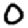
Digit: 0